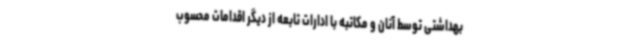
بهداشتی توسط آنان و مکاتبه با ادارات تابعه از دیگر اقدامات محسوب